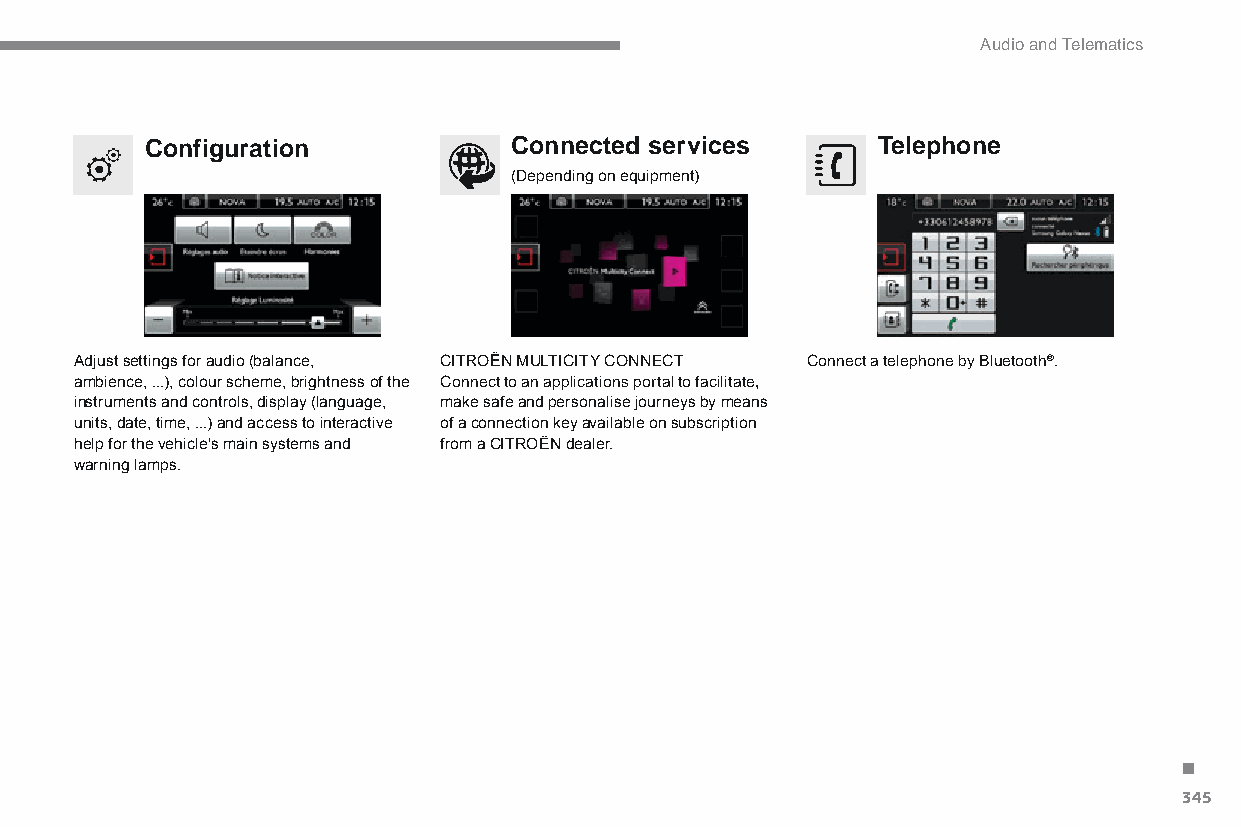
Audio and Telematics
 Configuration           Connected services      Telephone
 (Depending on equipment)
 Adjust settings for audio (balance, CITRoËn MULTICITY ConnECT Connect a telephone by bluetooth®.
 ambience, ...), colour scheme, brightness of the Connect to an applications portal to facilitate,
 instruments and controls, display (language, make safe and personalise journeys by means
 units, date, time, ...) and access to interactive of a connection key available on subscription
 help for the vehicle's main systems and from a CITROËN dealer.
 warning lamps.
 .
 345
 C4-Picasso-II_en_Chap10b_SMEGplus_ed01-2015